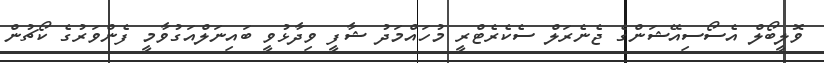
ވޮލީބޯލް އެސޯސިއޭޝަންގެ ޖެނެރަލް ސެކެރެޓްރީ މުހައްމަދު ޝާފީ ވިދާޅުވީ ބައިނަލްއަގުވާމީ ފެންވަރުގެ ކޯޗުން